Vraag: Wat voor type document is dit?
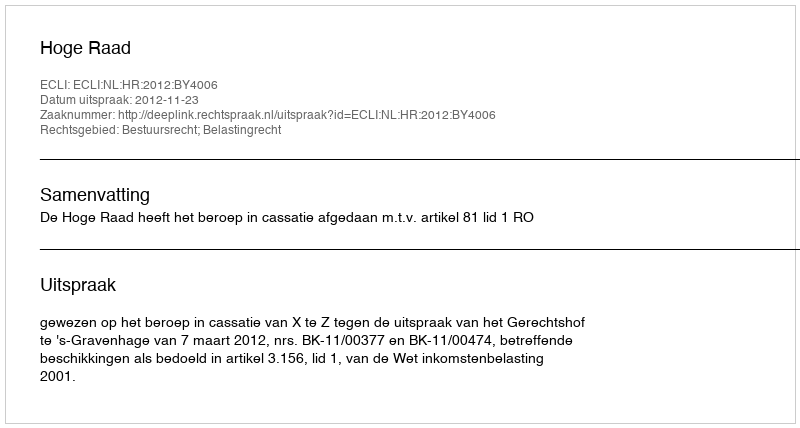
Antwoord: Uitspraak